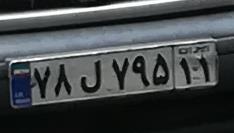
۷۸ل۷۹۵۶۶